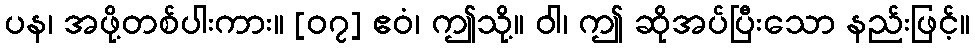
ပန၊ အဖို့တစ်ပါးကား။ [၀၇] ဧဝံ၊ ဤသို့။ ဝါ၊ ဤ ဆိုအပ်ပြီးသော နည်းဖြင့်။